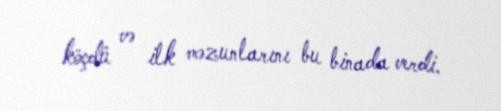
köçdü və ilk məzunlarını bu binada verdi.